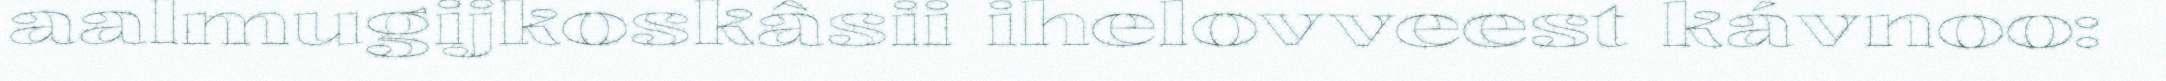
aalmugijkoskâsii ihelovveest kávnoo: